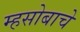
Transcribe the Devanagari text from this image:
म्हसोबाचे